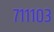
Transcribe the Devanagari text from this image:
७१११०३